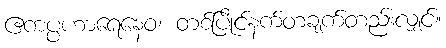
ဧကပ္ပဟာရေနေဝ၊ တစ်ပြိုင်နက်တချက်တည်းလျှင်။